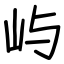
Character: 屿